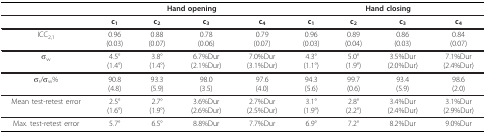
<table><thead><tr><td></td><td colspan="4"><b>Hand opening</b></td><td colspan="4"><b>Hand closing</b></td></tr></thead><tbody><tr><td></td><td><b>c<sub>1</sub></b></td><td><b>c<sub>2</sub></b></td><td><b>c<sub>3</sub></b></td><td><b>c<sub>4</sub></b></td><td><b>c<sub>1</sub></b></td><td><b>c<sub>2</sub></b></td><td><b>c<sub>3</sub></b></td><td><b>c<sub>4</sub></b></td></tr><tr><td>ICC<sub>2,1</sub></td><td>0.96(0.03)</td><td>0.88(0.07)</td><td>0.78(0.06)</td><td>0.79(0.07)</td><td>0.96(0.03)</td><td>0.89(0.04)</td><td>0.86(0.03)</td><td>0.84(0.07)</td></tr><tr><td>σ<sub>w</sub></td><td>4.5°(1.4°)</td><td>3.8°(1.4°)</td><td>6.7%Dur(2.1%Dur)</td><td>7.0%Dur(3.1%Dur)</td><td>4.3°(1.1°)</td><td>5.0°(1.9°)</td><td>3.5%Dur(2.0%Dur)</td><td>7.1%Dur(2.4%Dur)</td></tr><tr><td>σ<sub>r</sub>/σ<sub>w</sub>%</td><td>90.8(4.8)</td><td>93.3(5.9)</td><td>98.0(3.5)</td><td>97.6(4.0)</td><td>94.3(5.6)</td><td>99.7(0.6)</td><td>93.4(5.9)</td><td>98.6(2.0)</td></tr><tr><td>Mean test-retest error</td><td>2.5°(1.6°)</td><td>2.7°(1.9°)</td><td>3.6%Dur(2.6%Dur)</td><td>2.7%Dur(2.5%Dur)</td><td>3.1°(1.9°)</td><td>2.8°(2.2°)</td><td>3.4%Dur(2.4%Dur)</td><td>3.1%Dur(2.9%Dur)</td></tr><tr><td>Max. test-retest error</td><td>5.7°</td><td>6.5°</td><td>8.8%Dur</td><td>7.7%Dur</td><td>6.9°</td><td>7.2°</td><td>8.2%Dur</td><td>9.0%Dur</td></tr></tbody></table>